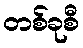
တစ်ခုစီ